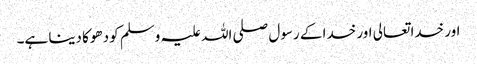
اور خدا تعالی اور خدا کے رسول صلی اللہ علیہ وسلم کو دھوکا دینا ہے۔